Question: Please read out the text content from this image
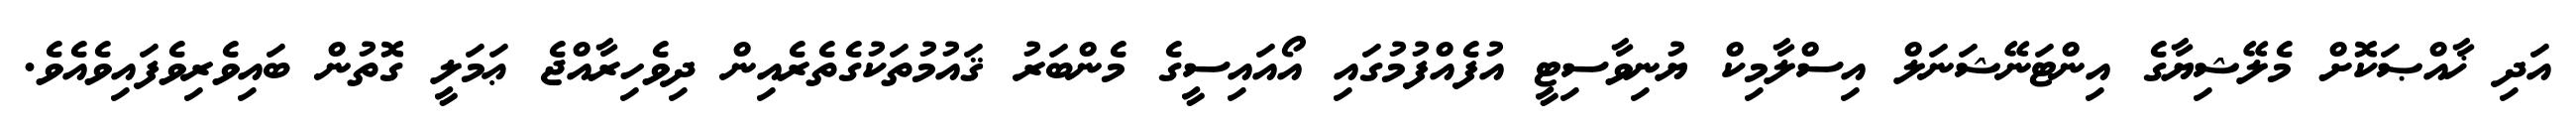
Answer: އަދި ޚާއްޞަކޮށް މެލޭޝިޔާގެ އިންޓަނޭޝަނަލް އިސްލާމިކް ޔުނިވާސިޓީ އުފެއްފުމުގައި އޯއައިސީގެ މެންބަރު ޤައުމުތަކުގެތެރެއިން ދިވެހިރާއްޖެ ޢަމަލީ ގޮތުން ބައިވެރިވެފައިވެއެވެ.